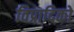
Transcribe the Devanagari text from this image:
विप्रादिको